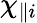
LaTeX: \chi_{\parallel i}